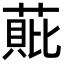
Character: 𮐧